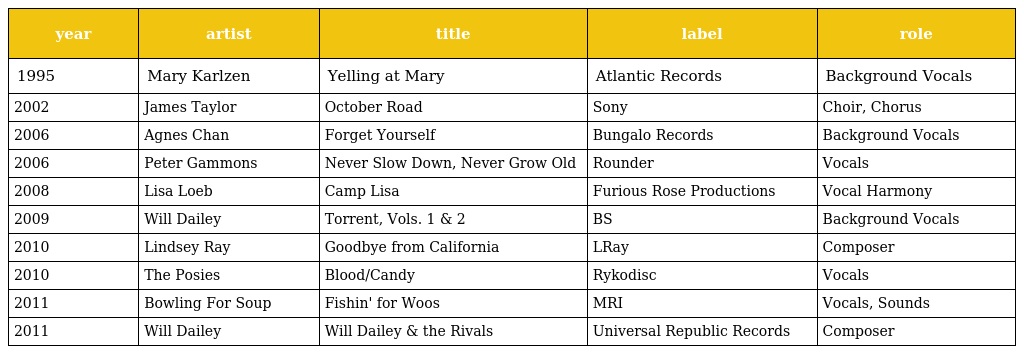
| year | artist | title | label | role |
 | --- | --- | --- | --- | --- |
 | 1995 | Mary Karlzen | Yelling at Mary | Atlantic Records | Background Vocals |
 | 2002 | James Taylor | October Road | Sony | Choir, Chorus |
 | 2006 | Agnes Chan | Forget Yourself | Bungalo Records | Background Vocals |
 | 2006 | Peter Gammons | Never Slow Down, Never Grow Old | Rounder | Vocals |
 | 2008 | Lisa Loeb | Camp Lisa | Furious Rose Productions | Vocal Harmony |
 | 2009 | Will Dailey | Torrent, Vols. 1 & 2 | BS | Background Vocals |
 | 2010 | Lindsey Ray | Goodbye from California | LRay | Composer |
 | 2010 | The Posies | Blood/Candy | Rykodisc | Vocals |
 | 2011 | Bowling For Soup | Fishin' for Woos | MRI | Vocals, Sounds |
 | 2011 | Will Dailey | Will Dailey & the Rivals | Universal Republic Records | Composer |